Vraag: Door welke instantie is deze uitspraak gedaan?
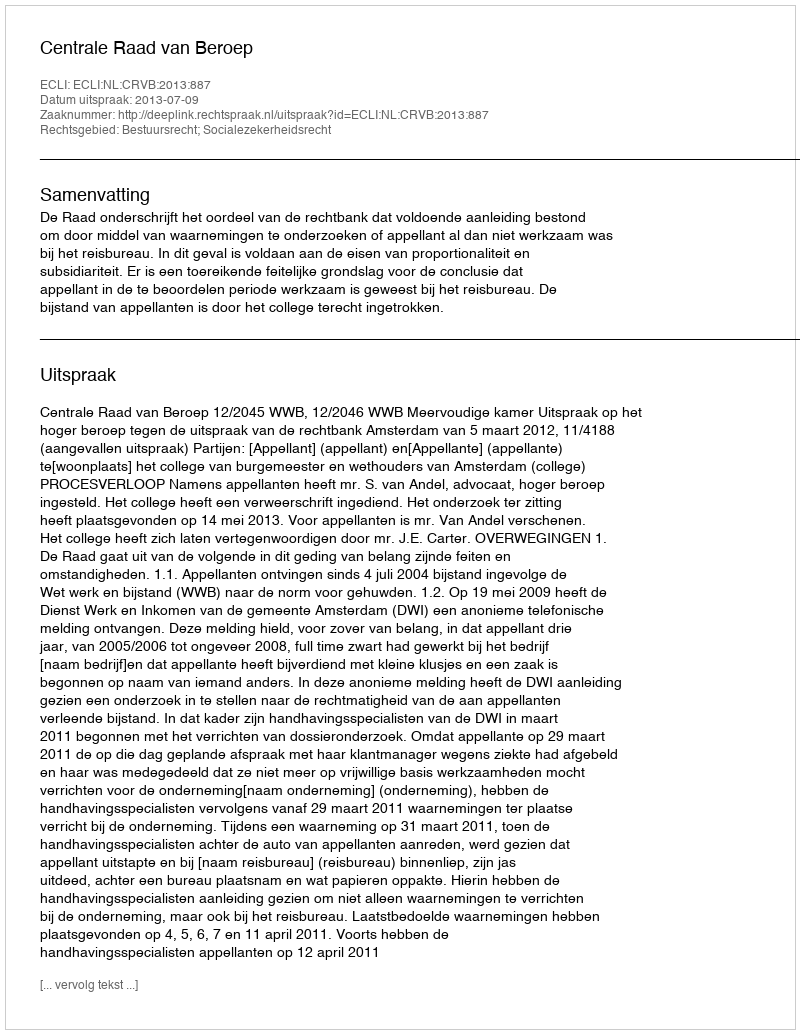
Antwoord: Centrale Raad van Beroep